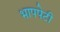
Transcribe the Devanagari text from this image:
भापपेटी